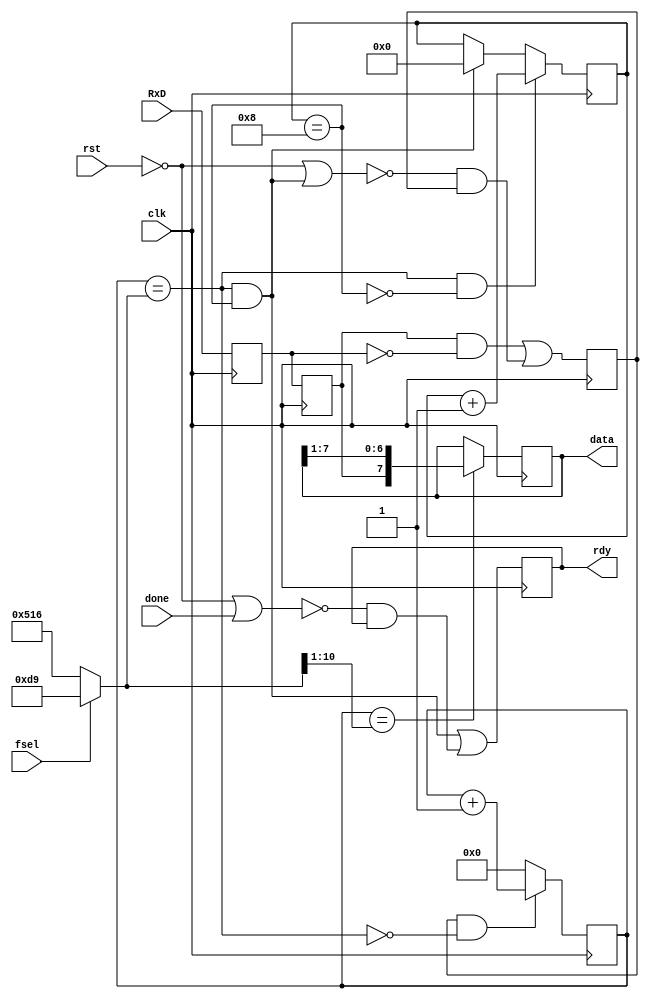
`timescale 1ns / 1ps  // NW 4.5.09 / 15.11.10

// RS232 receiver for 19200 or 115200 bps, 8 bit data
// clock is 25 MHz


module RS232R(
    input clk, rst,
	 input RxD,
    input fsel,
    input done,   // "byte has been read"
    output rdy,
    output [7:0] data);

wire endtick, midtick, endbit;
wire [11:0] limit;
reg run, stat;
reg Q0, Q1;  // synchronizer and edge detector
reg [11:0] tick;
reg [3:0] bitcnt;
reg [7:0] shreg;

assign limit = fsel ? 217 : 1302;
assign endtick = tick == limit;
assign midtick = tick == {1'b0, limit[11:1]};  // limit/2
assign endbit = bitcnt == 8;
assign data = shreg;
assign rdy = stat;

always @ (posedge clk) begin
  Q0 <= RxD; Q1 <= Q0;
  run <= (Q1 & ~Q0) | ~(~rst | endtick & endbit) & run;
  tick <= (run & ~endtick) ? tick+1 : 0;
  bitcnt <= (endtick & ~endbit) ? bitcnt + 1 :
    (endtick & endbit) ? 0 : bitcnt;
  shreg <= midtick ? {Q1, shreg[7:1]} : shreg;
  stat <= (endtick & endbit) | ~(~rst | done) & stat;
end
endmodule